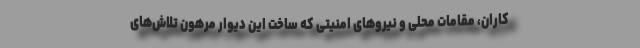
کاران، مقامات محلی و نیروهای امنیتی که ساخت این دیوار مرهون تلاش‌های